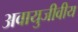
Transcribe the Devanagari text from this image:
अवायुजीवीय